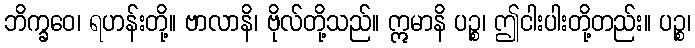
ဘိက္ခဝေ၊ ရဟန်းတို့။ ဗာလာနိ၊ ဗိုလ်တို့သည်။ ဣမာနိ ပဉ္စ၊ ဤငါးပါးတို့တည်း။ ပဉ္စ၊